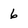
Character: 6